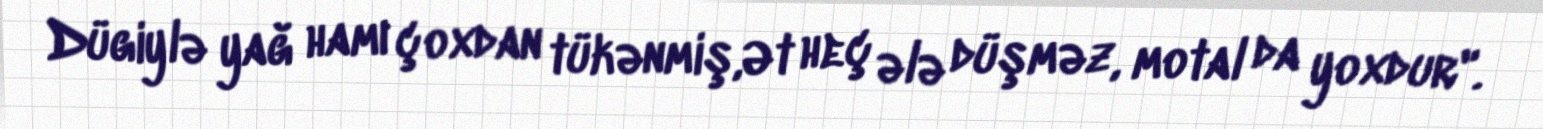
Dügiylə yağ hamı çoxdan tükənmiş,Ət heç ələ düşməz, motal da yoxdur".